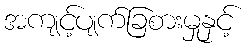
အကျင့်ပျက်ခြစားမှုနှင့်